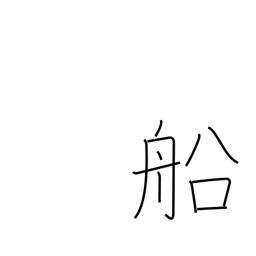
Meaning: ship